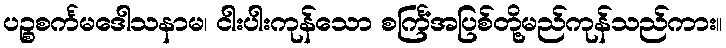
ပဉ္စစင်္ကမဒေါသနာမ၊ ငါးပါးကုန်သော စင်္ကြံအပြစ်တို့မည်ကုန်သည်ကား။